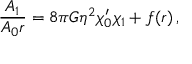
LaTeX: { \frac { A _ { 1 } } { A _ { 0 } r } } = 8 \pi G \eta ^ { 2 } \chi _ { 0 } ^ { \prime } \chi _ { 1 } + f ( r ) \, ,